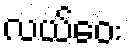
လယ်ဝေး